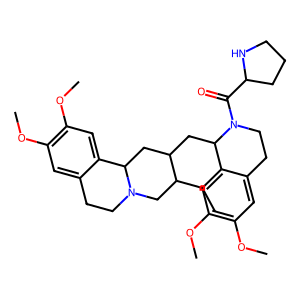
SMILES: CCC1CN2CCc3cc(OC)c(OC)cc3C2CC1CC1c2cc(OC)c(OC)cc2CCN1C(=O)C1CCCN1
Inhibits HIV replication: No